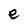
Character: e